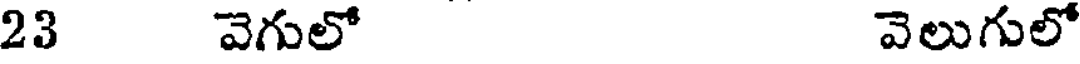
23 వెగులో వెలుగులో